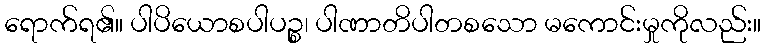
ရောက်ရ၏။ ပါပိယောစပါပဉ္စ၊ ပါဏာတိပါတစသော မကောင်းမှုကိုလည်း။